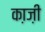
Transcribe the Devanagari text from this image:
का़ज़ी